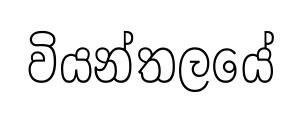
වියන්තලයේ